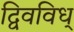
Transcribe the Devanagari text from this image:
द्विवविध्